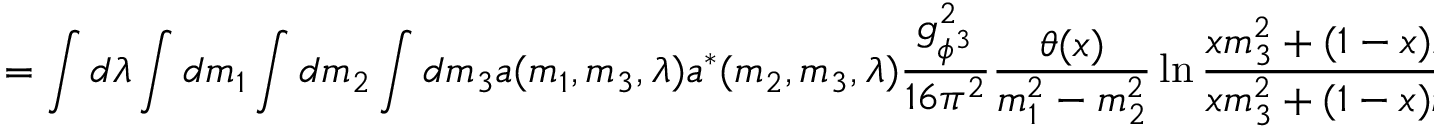
= \int d \lambda \int d m _ { 1 } \int d m _ { 2 } \int d m _ { 3 } a ( m _ { 1 } , m _ { 3 } , \lambda ) a ^ { \ast } ( m _ { 2 } , m _ { 3 } , \lambda ) \frac { g _ { \phi ^ { 3 } } ^ { 2 } } { 1 6 \pi ^ { 2 } } \frac { \theta ( x ) } { m _ { 1 } ^ { 2 } - m _ { 2 } ^ { 2 } } \ln \frac { x m _ { 3 } ^ { 2 } + ( 1 - x ) m _ { 1 } ^ { 2 } - x ( 1 - x ) M ^ { 2 } } { x m _ { 3 } ^ { 2 } + ( 1 - x ) m _ { 2 } ^ { 2 } - x ( 1 - x ) M ^ { 2 } } \, .